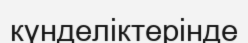
күнделіктерінде